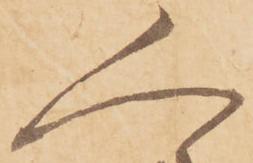
人